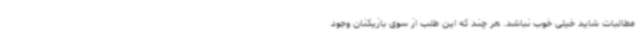
مطالبات شاید خیلی خوب نباشد. هر چند که این طلب از سوی بازیکنان وجود